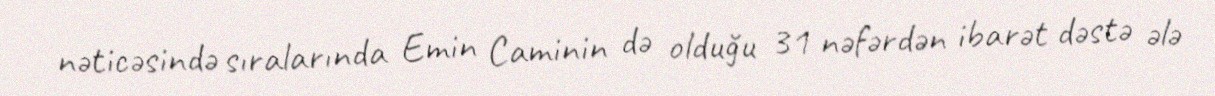
nəticəsində sıralarında Emin Caminin də olduğu 31 nəfərdən ibarət dəstə ələ